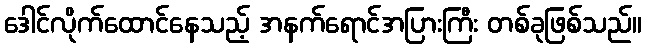
ဒေါင်လိုက်ထောင်နေသည့် အနက်ရောင်အပြားကြီး တစ်ခုဖြစ်သည်။